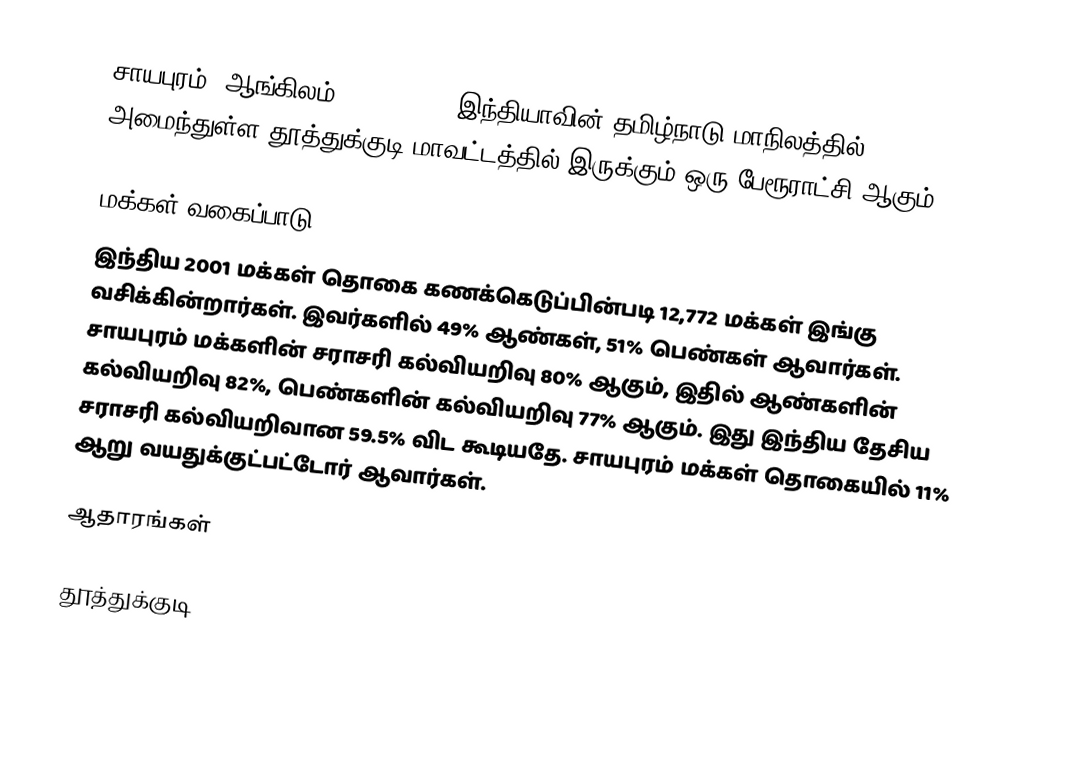
சாயபுரம் (ஆங்கிலம்:Sayapuram), இந்தியாவின் தமிழ்நாடு மாநிலத்தில் அமைந்துள்ள தூத்துக்குடி மாவட்டத்தில் இருக்கும் ஒரு பேரூராட்சி ஆகும்.

மக்கள் வகைப்பாடு
இந்திய 2001 மக்கள் தொகை கணக்கெடுப்பின்படி 12,772 மக்கள் இங்கு வசிக்கின்றார்கள். இவர்களில் 49% ஆண்கள், 51% பெண்கள் ஆவார்கள். சாயபுரம் மக்களின் சராசரி கல்வியறிவு 80% ஆகும்,  இதில் ஆண்களின் கல்வியறிவு 82%,  பெண்களின் கல்வியறிவு 77% ஆகும். இது இந்திய தேசிய சராசரி கல்வியறிவான 59.5% விட கூடியதே. சாயபுரம் மக்கள் தொகையில் 11%  ஆறு வயதுக்குட்பட்டோர் ஆவார்கள்.

ஆதாரங்கள்

தூத்துக்குடி